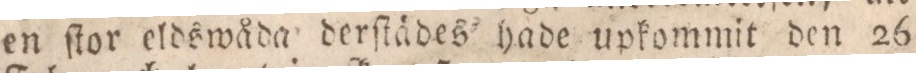
en ſtor eldswåda derſtädes hade upkommit den 26